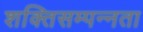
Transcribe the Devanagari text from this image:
शक्तिसम्पन्नता